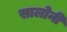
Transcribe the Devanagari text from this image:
सालोनी